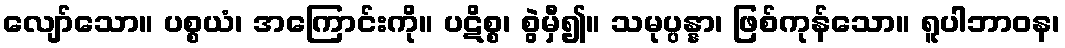
လျော်သော။ ပစ္စယံ၊ အကြောင်းကို။ ပဋိစ္စ၊ စွဲမှီ၍။ သမုပ္ပန္နာ၊ ဖြစ်ကုန်သော။ ရူပါဘာဝန၊